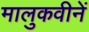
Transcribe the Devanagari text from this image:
मालुकवीनें